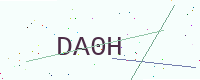
Text: DA0H